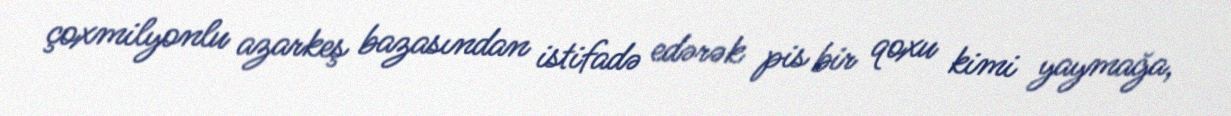
çoxmilyonlu azarkeş bazasından istifadə edərək pis bir qoxu kimi yaymağa,